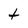
Character: t